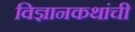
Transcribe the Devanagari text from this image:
विज्ञानकथांची